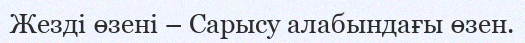
Жезді өзені – Сарысу алабындағы өзен.